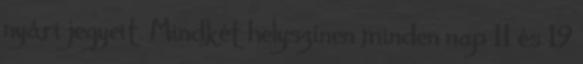
nyári jegyeit. Mindkét helyszínen minden nap 11 és 19